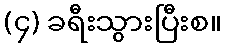
(၄) ခရီးသွားပြီးစ။